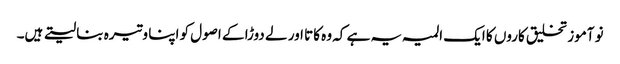
نو آموز تخلیق کاروں کا ایک المیہ یہ ہے کہ وہ کاتا اور لے دوڑا کے اصول کو اپنا وتیرہ بنا لیتے ہیں۔